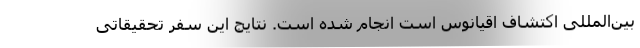
بین‌المللی اکتشاف اقیانوس است انجام شده است. نتایج این سفر تحقیقاتی